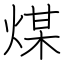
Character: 煤